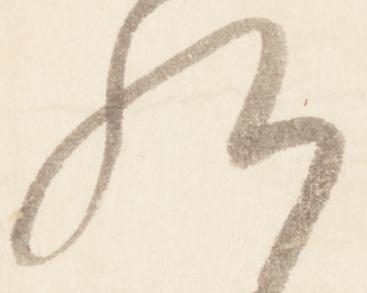
給